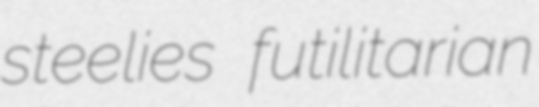
steelies futilitarian